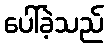
ပေါ်ခဲ့သည်